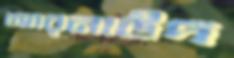
আরনাউদ